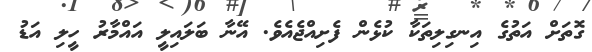
ގޮތަށް އަތުގެ އިނގިލިތަކާ ކުޅެން ފެށިއްޖެއެވެ. އޭނާ ބަލައިލީ އައްމާރު ހީލި އަޑު